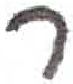
אות: ר